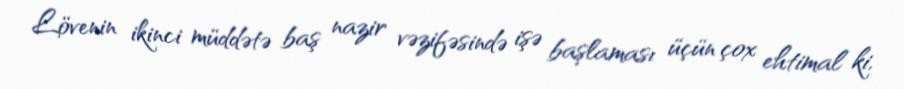
Lövenin ikinci müddətə baş nazir vəzifəsində işə başlaması üçün çox ehtimal ki,